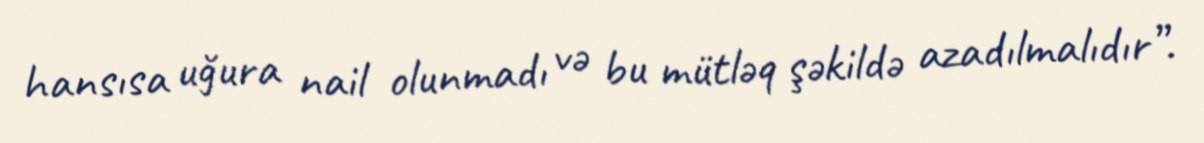
hansısa uğura nail olunmadı və bu mütləq şəkildə azadılmalıdır”.